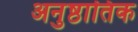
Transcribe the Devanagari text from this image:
अनुष्ठातिक